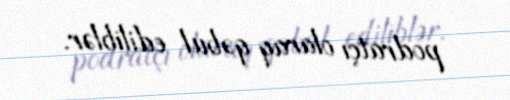
podratçı olaraq qəbul ediliblər.